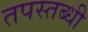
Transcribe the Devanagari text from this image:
तपस्तब्धी